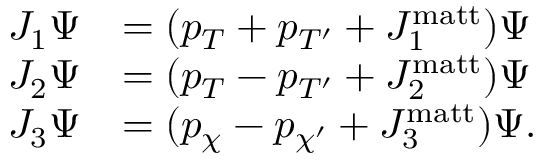
\begin{array} { r l } { J _ { 1 } \Psi } & { = ( p _ { T } + p _ { T ^ { \prime } } + J _ { 1 } ^ { \mathrm { m a t t } } ) \Psi } \\ { J _ { 2 } \Psi } & { = ( p _ { T } - p _ { T ^ { \prime } } + J _ { 2 } ^ { \mathrm { m a t t } } ) \Psi } \\ { J _ { 3 } \Psi } & { = ( p _ { \chi } - p _ { \chi ^ { \prime } } + J _ { 3 } ^ { \mathrm { m a t t } } ) \Psi . } \end{array}